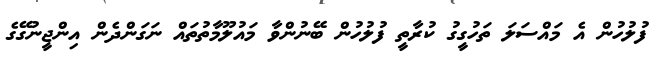
ފުލުހުން އެ މައްސަލަ ތަހުގީގު ކުރާތީ ފުލުހުން ބޭނުންވާ މައުލޫމާތުތައް ނަގަންދެން އިންޖީނުގޭގެ